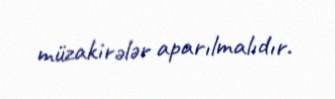
müzakirələr aparılmalıdır.